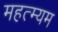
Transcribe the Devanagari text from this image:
महत्म्यम